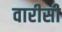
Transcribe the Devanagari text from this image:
वारीसी